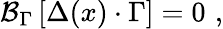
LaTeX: {\cal B}_{\Gamma}\left[\Delta(x)\cdot\Gamma\right]=0\, \, ,